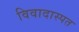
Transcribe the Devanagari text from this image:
विवादास्पत